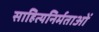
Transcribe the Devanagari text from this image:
साहित्यनिर्मताओं